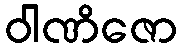
ဝါဏိဇော